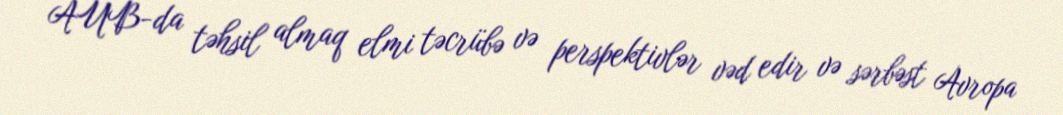
AUB-da təhsil almaq elmi təcrübə və perspektivlər vəd edir və sərbəst Avropa